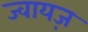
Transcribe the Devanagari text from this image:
ज्वायज़